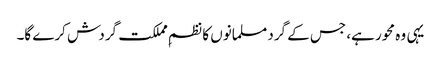
یہی وہ محور ہے، جس کے گرد مسلمانوں کا نظمِ مملکت گردش کرے گا۔